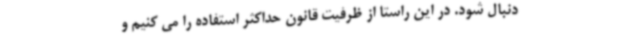
دنبال شود. در این راستا از ظرفیت قانون حداکثر استفاده را می کنیم و